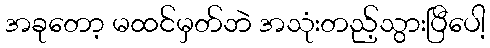
အခုတော့ မထင်မှတ်ဘဲ အသုံးတည့်သွားပြီပေါ့